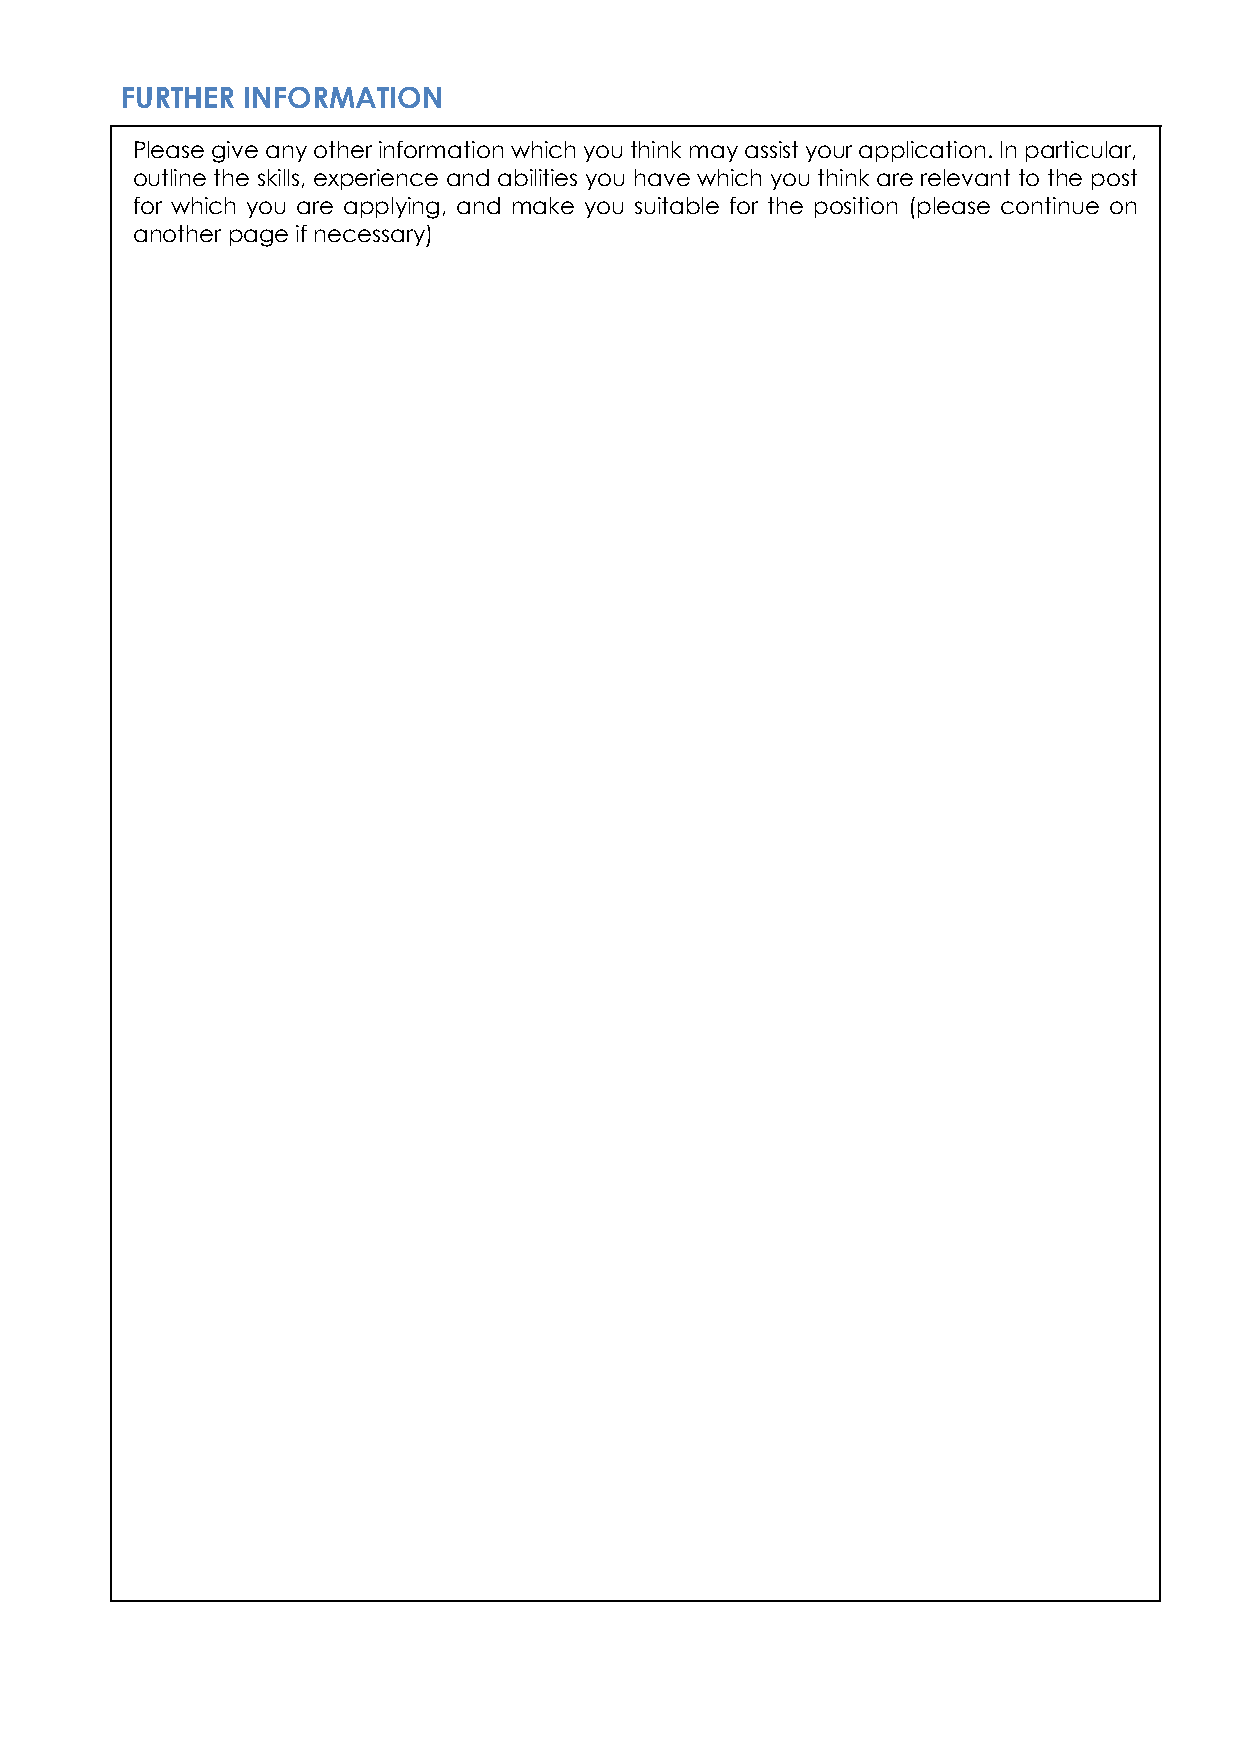
FURTHER INFORMATION
 Please give any other information which you think may assist your application. In particular,
 outline the skills, experience and abilities you have which you think are relevant to the post
 for which you are applying, and make you suitable for the position (please continue on
 another page if necessary)